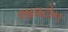
લાવટોન